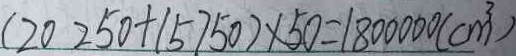
( 2 0 2 5 0 + ( 5 7 5 0 ) \times 5 0 = 1 8 0 0 0 0 0 ( c m ^ { 3 } )